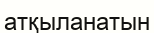
атқыланатын